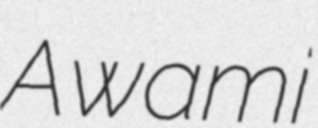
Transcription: Awami